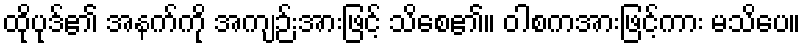
ထိုပုဒ်၏ အနက်ကို အကျဉ်းအားဖြင့် သိစေ၏။ ဝါစကအားဖြင့်ကား မသိပေ။